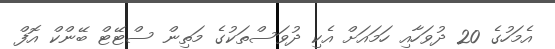
އެމަހުގެ 20 ދުވަހާއި ހަމައަށް އެކި ދުވަސްތަކުގެ މަތިން ސްޓޭޓް ބޭންކް އޮފް